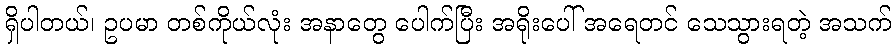
ရှိပါတယ်၊ ဥပမာ တစ်ကိုယ်လုံး အနာတွေ ပေါက်ပြီး အရိုးပေါ် အရေတင် သေသွားရတဲ့ အသက်